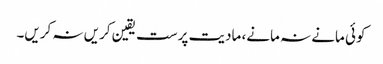
کوئی مانے نہ مانے، مادیت پرست یقین کریں نہ کریں۔